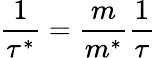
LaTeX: {\frac{1}{\tau^{*}}}={\frac{m}{m^{*}}}{\frac{1}{\tau}}